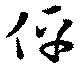
伻